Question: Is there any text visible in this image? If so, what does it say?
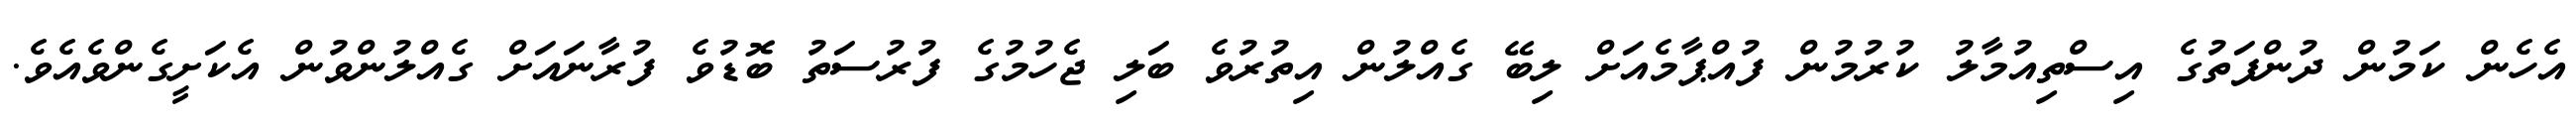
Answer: އެހެން ކަމުން ދުންފަތުގެ އިސްތިއުމާލު ކުރުމުން ފުއްޕާމެއަށް ލިބޭ ގެއްލުން އިތުރުވެ ބަލި ޖެހުމުގެ ފުރުސަތު ބޮޑުވެ ފުރާނައަށް ގެއްލުންވުން އެކަށީގެންވެއެވެ.